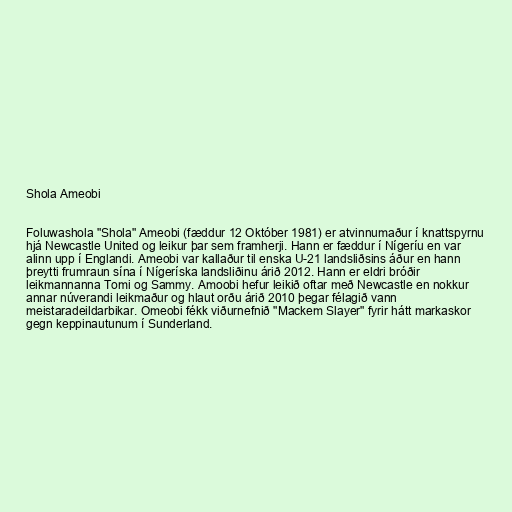
Shola Ameobi

Foluwashola "Shola" Ameobi (fæddur 12 Október 1981) er atvinnumaður í knattspyrnu
hjá Newcastle United og leikur þar sem framherji. Hann er fæddur í Nígeríu en var
alinn upp í Englandi. Ameobi var kallaður til enska U-21 landsliðsins áður en hann
þreytti frumraun sína í Nígeríska landsliðinu árið 2012. Hann er eldri bróðir
leikmannanna Tomi og Sammy. Amoobi hefur leikið oftar með Newcastle en nokkur
annar núverandi leikmaður og hlaut orðu árið 2010 þegar félagið vann
meistaradeildarbikar. Omeobi fékk viðurnefnið "Mackem Slayer" fyrir hátt markaskor
gegn keppinautunum í Sunderland.